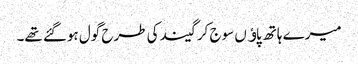
میرے ہاتھ پاﺅں سوج کر گیند کی طرح گول ہوگئے تھے۔